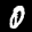
Label: 0